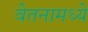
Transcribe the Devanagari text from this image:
वेतनामध्ये